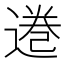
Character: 𫟩